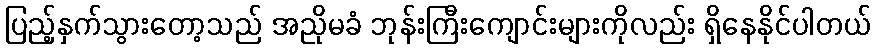
ပြည့်နှက်သွားတော့သည် အညိုမခံ ဘုန်းကြီးကျောင်းများကိုလည်း ရှိနေနိုင်ပါတယ်